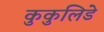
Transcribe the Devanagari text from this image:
कुकुलिडे